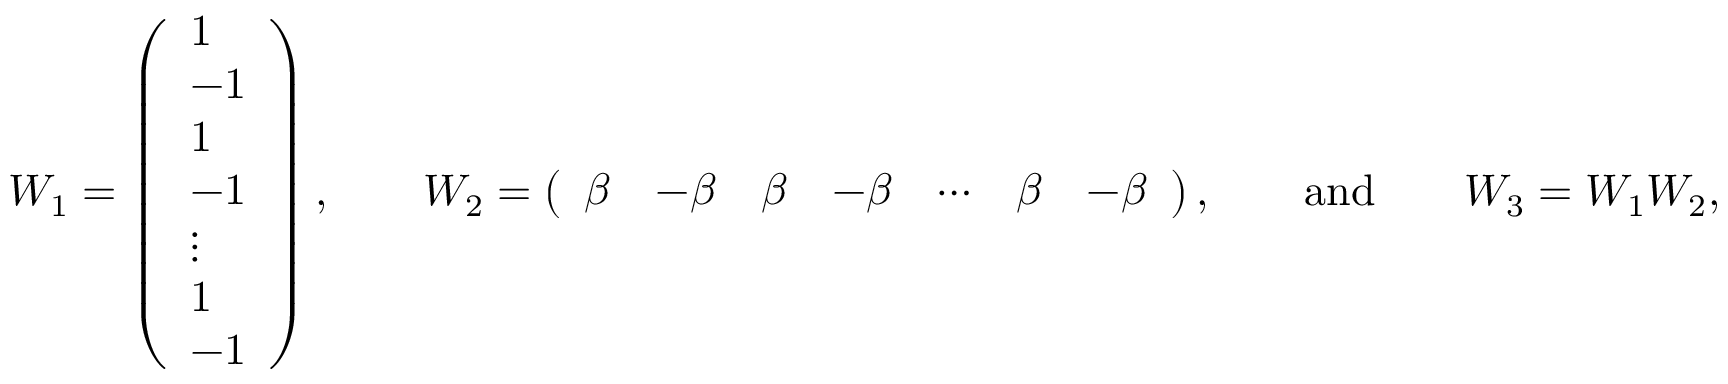
\begin{array} { r } { W _ { 1 } = \left( \begin{array} { l } { 1 } \\ { - 1 } \\ { 1 } \\ { - 1 } \\ { \vdots } \\ { 1 } \\ { - 1 } \end{array} \right) , \qquad W _ { 2 } = \left( \begin{array} { l l l l l l l } { \beta } & { - \beta } & { \beta } & { - \beta } & { \cdots } & { \beta } & { - \beta } \end{array} \right) , \qquad \mathrm { a n d } \qquad W _ { 3 } = W _ { 1 } W _ { 2 } , } \end{array}